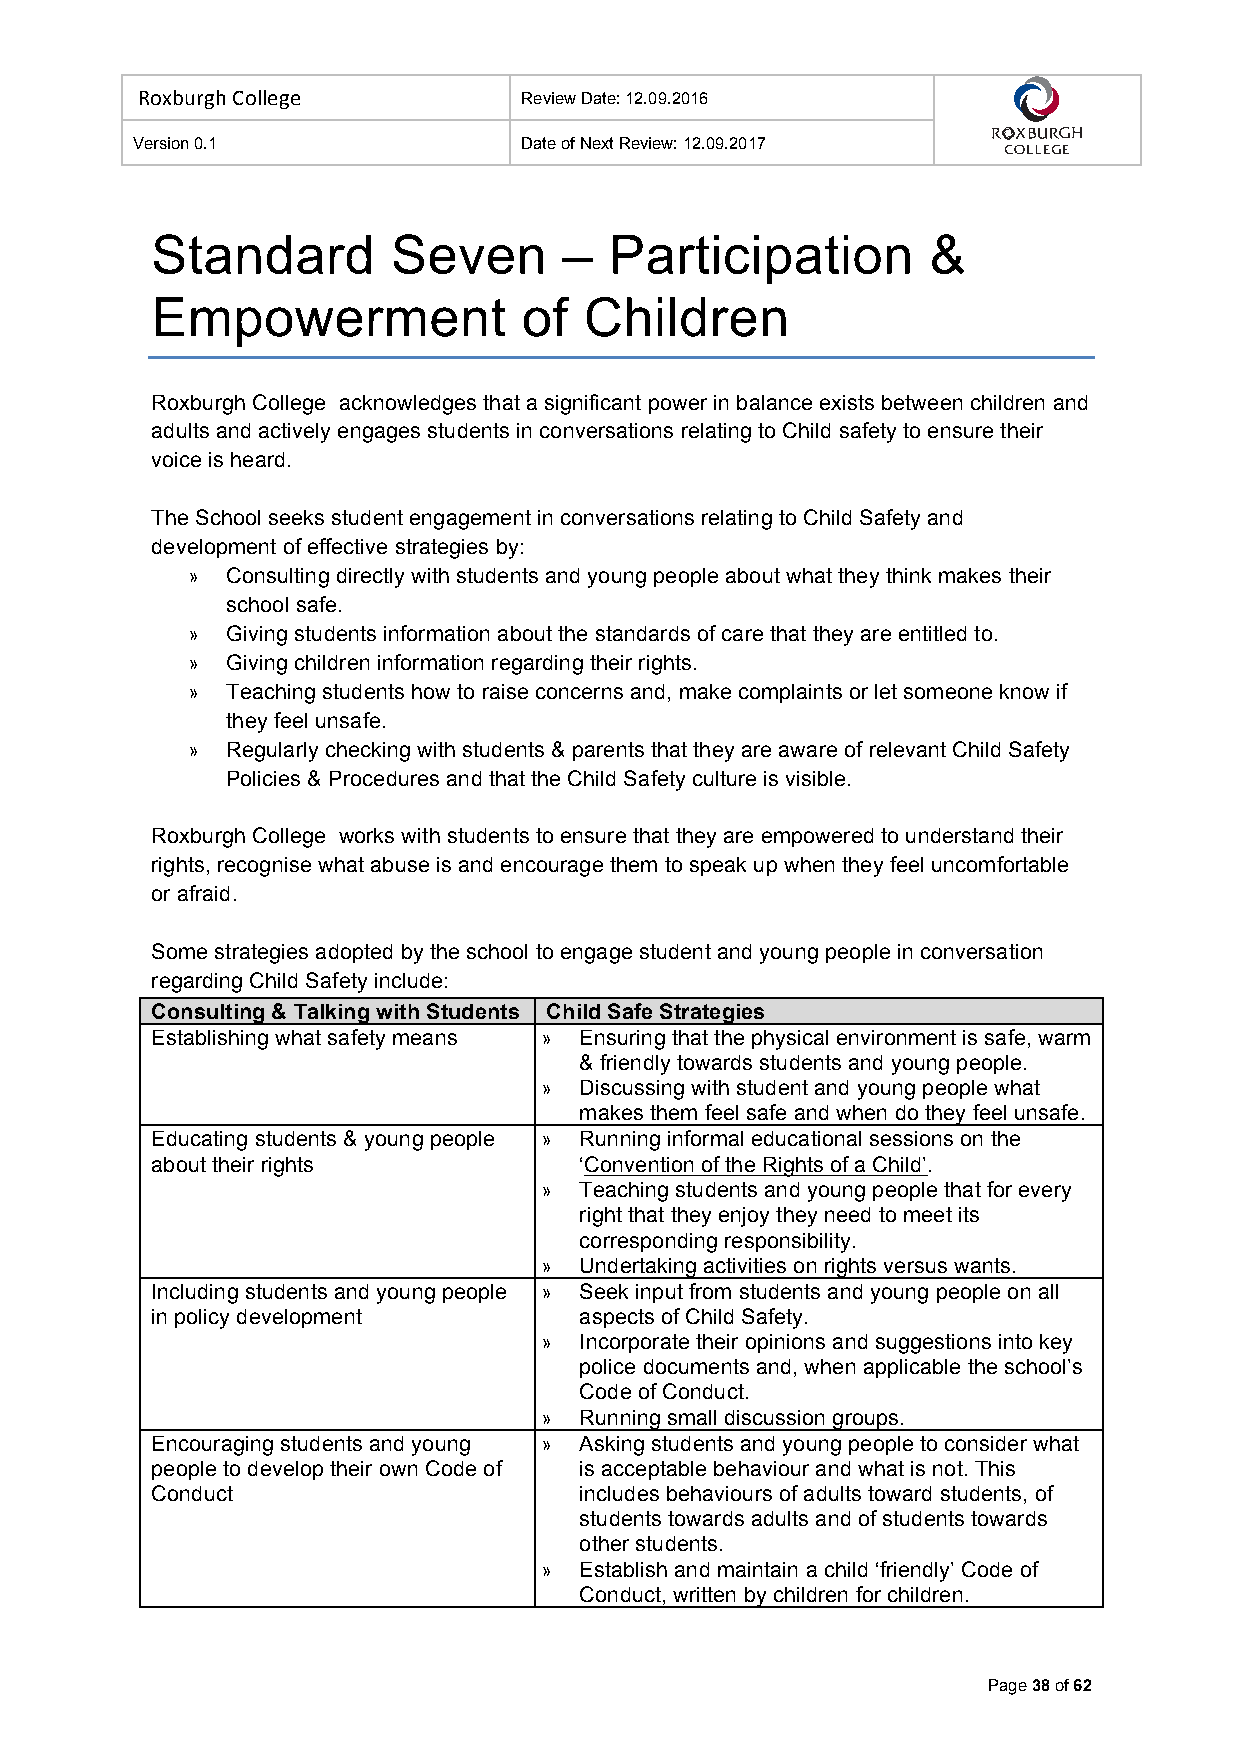
Roxburgh College          Review Date: 12.09.2016
 Version 0.1               Date of Next Review: 12.09.2017
 Standard        Seven      –  Participation         &
 Empowerment              of  Children
 Roxburgh College acknowledges that a significant power in balance exists between children and
 adults and actively engages students in conversations relating to Child safety to ensure their
 voice is heard.
 The School seeks student engagement in conversations relating to Child Safety and
 development of effective strategies by:
 »  Consulting directly with students and young people about what they think makes their
 school safe.
 »  Giving students information about the standards of care that they are entitled to.
 »  Giving children information regarding their rights.
 »  Teaching students how to raise concerns and, make complaints or let someone know if
 they feel unsafe.
 »  Regularly checking with students & parents that they are aware of relevant Child Safety
 Policies & Procedures and that the Child Safety culture is visible.
 Roxburgh College works with students to ensure that they are empowered to understand their
 rights, recognise what abuse is and encourage them to speak up when they feel uncomfortable
 or afraid.
 Some strategies adopted by the school to engage student and young people in conversation
 regarding Child Safety include:
 Consulting & Talking with Students Child Safe Strategies
 Establishing what safety means » Ensuring that the physical environment is safe, warm
 & friendly towards students and young people.
 » Discussing with student and young people what
 makes them feel safe and when do they feel unsafe.
 Educating students & young people » Running informal educational sessions on the
 about their rights          ‘Convention of the Rights of a Child’.
 » Teaching students and young people that for every
 right that they enjoy they need to meet its
 corresponding responsibility.
 » Undertaking activities on rights versus wants.
 Including students and young people » Seek input from students and young people on all
 in policy development       aspects of Child Safety.
 » Incorporate their opinions and suggestions into key
 police documents and, when applicable the school’s
 Code of Conduct.
 » Running small discussion groups.
 Encouraging students and young » Asking students and young people to consider what
 people to develop their own Code of is acceptable behaviour and what is not. This
 Conduct                     includes behaviours of adults toward students, of
 students towards adults and of students towards
 other students.
 » Establish and maintain a child ‘friendly’ Code of
 Conduct, written by children for children.
 Page 38 of 62